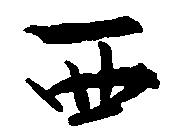
西